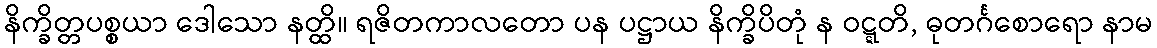
နိက္ခိတ္တပစ္စယာ ဒေါသော နတ္ထိ။ ရဇိတကာလတော ပန ပဋ္ဌာယ နိက္ခိပိတုံ န ဝဋ္ဋတိ, ဓုတင်္ဂစောရော နာမ